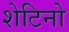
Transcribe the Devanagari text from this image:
शेटिनो